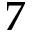
7